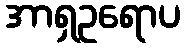
အာရှဥရောပ